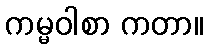
ကမ္မဝါစာ ကတာ။